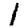
Digit: 1